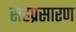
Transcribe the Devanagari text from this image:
सहप्रसारण